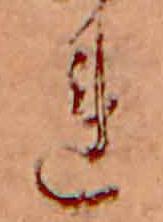
れ